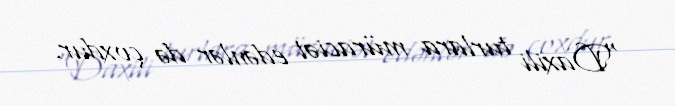
“Daxili turlara müraciət edənlər də çoxdur.